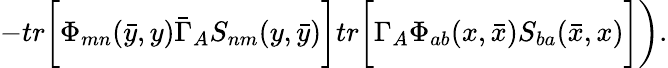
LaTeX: -tr\biggl[\Phi_{mn}(\bar{y},y)\bar{\Gamma}_{A}S_{nm}(y,\bar{y})\biggr]tr\biggl[\Gamma_{A}\Phi_{ab}(x,\bar{x})S_{ba}(\bar{x},x)\biggr]\biggr).